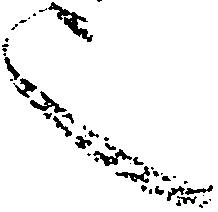
也